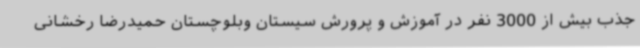
جذب بیش از 3000 نفر در آموزش و پرورش سیستان وبلوچستان حمیدرضا رخشانی